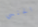
الجنسي